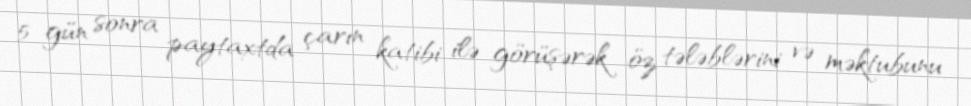
5 gün sonra paytaxtda çarın katibi ilə görüşərək öz tələblərini və məktubunu